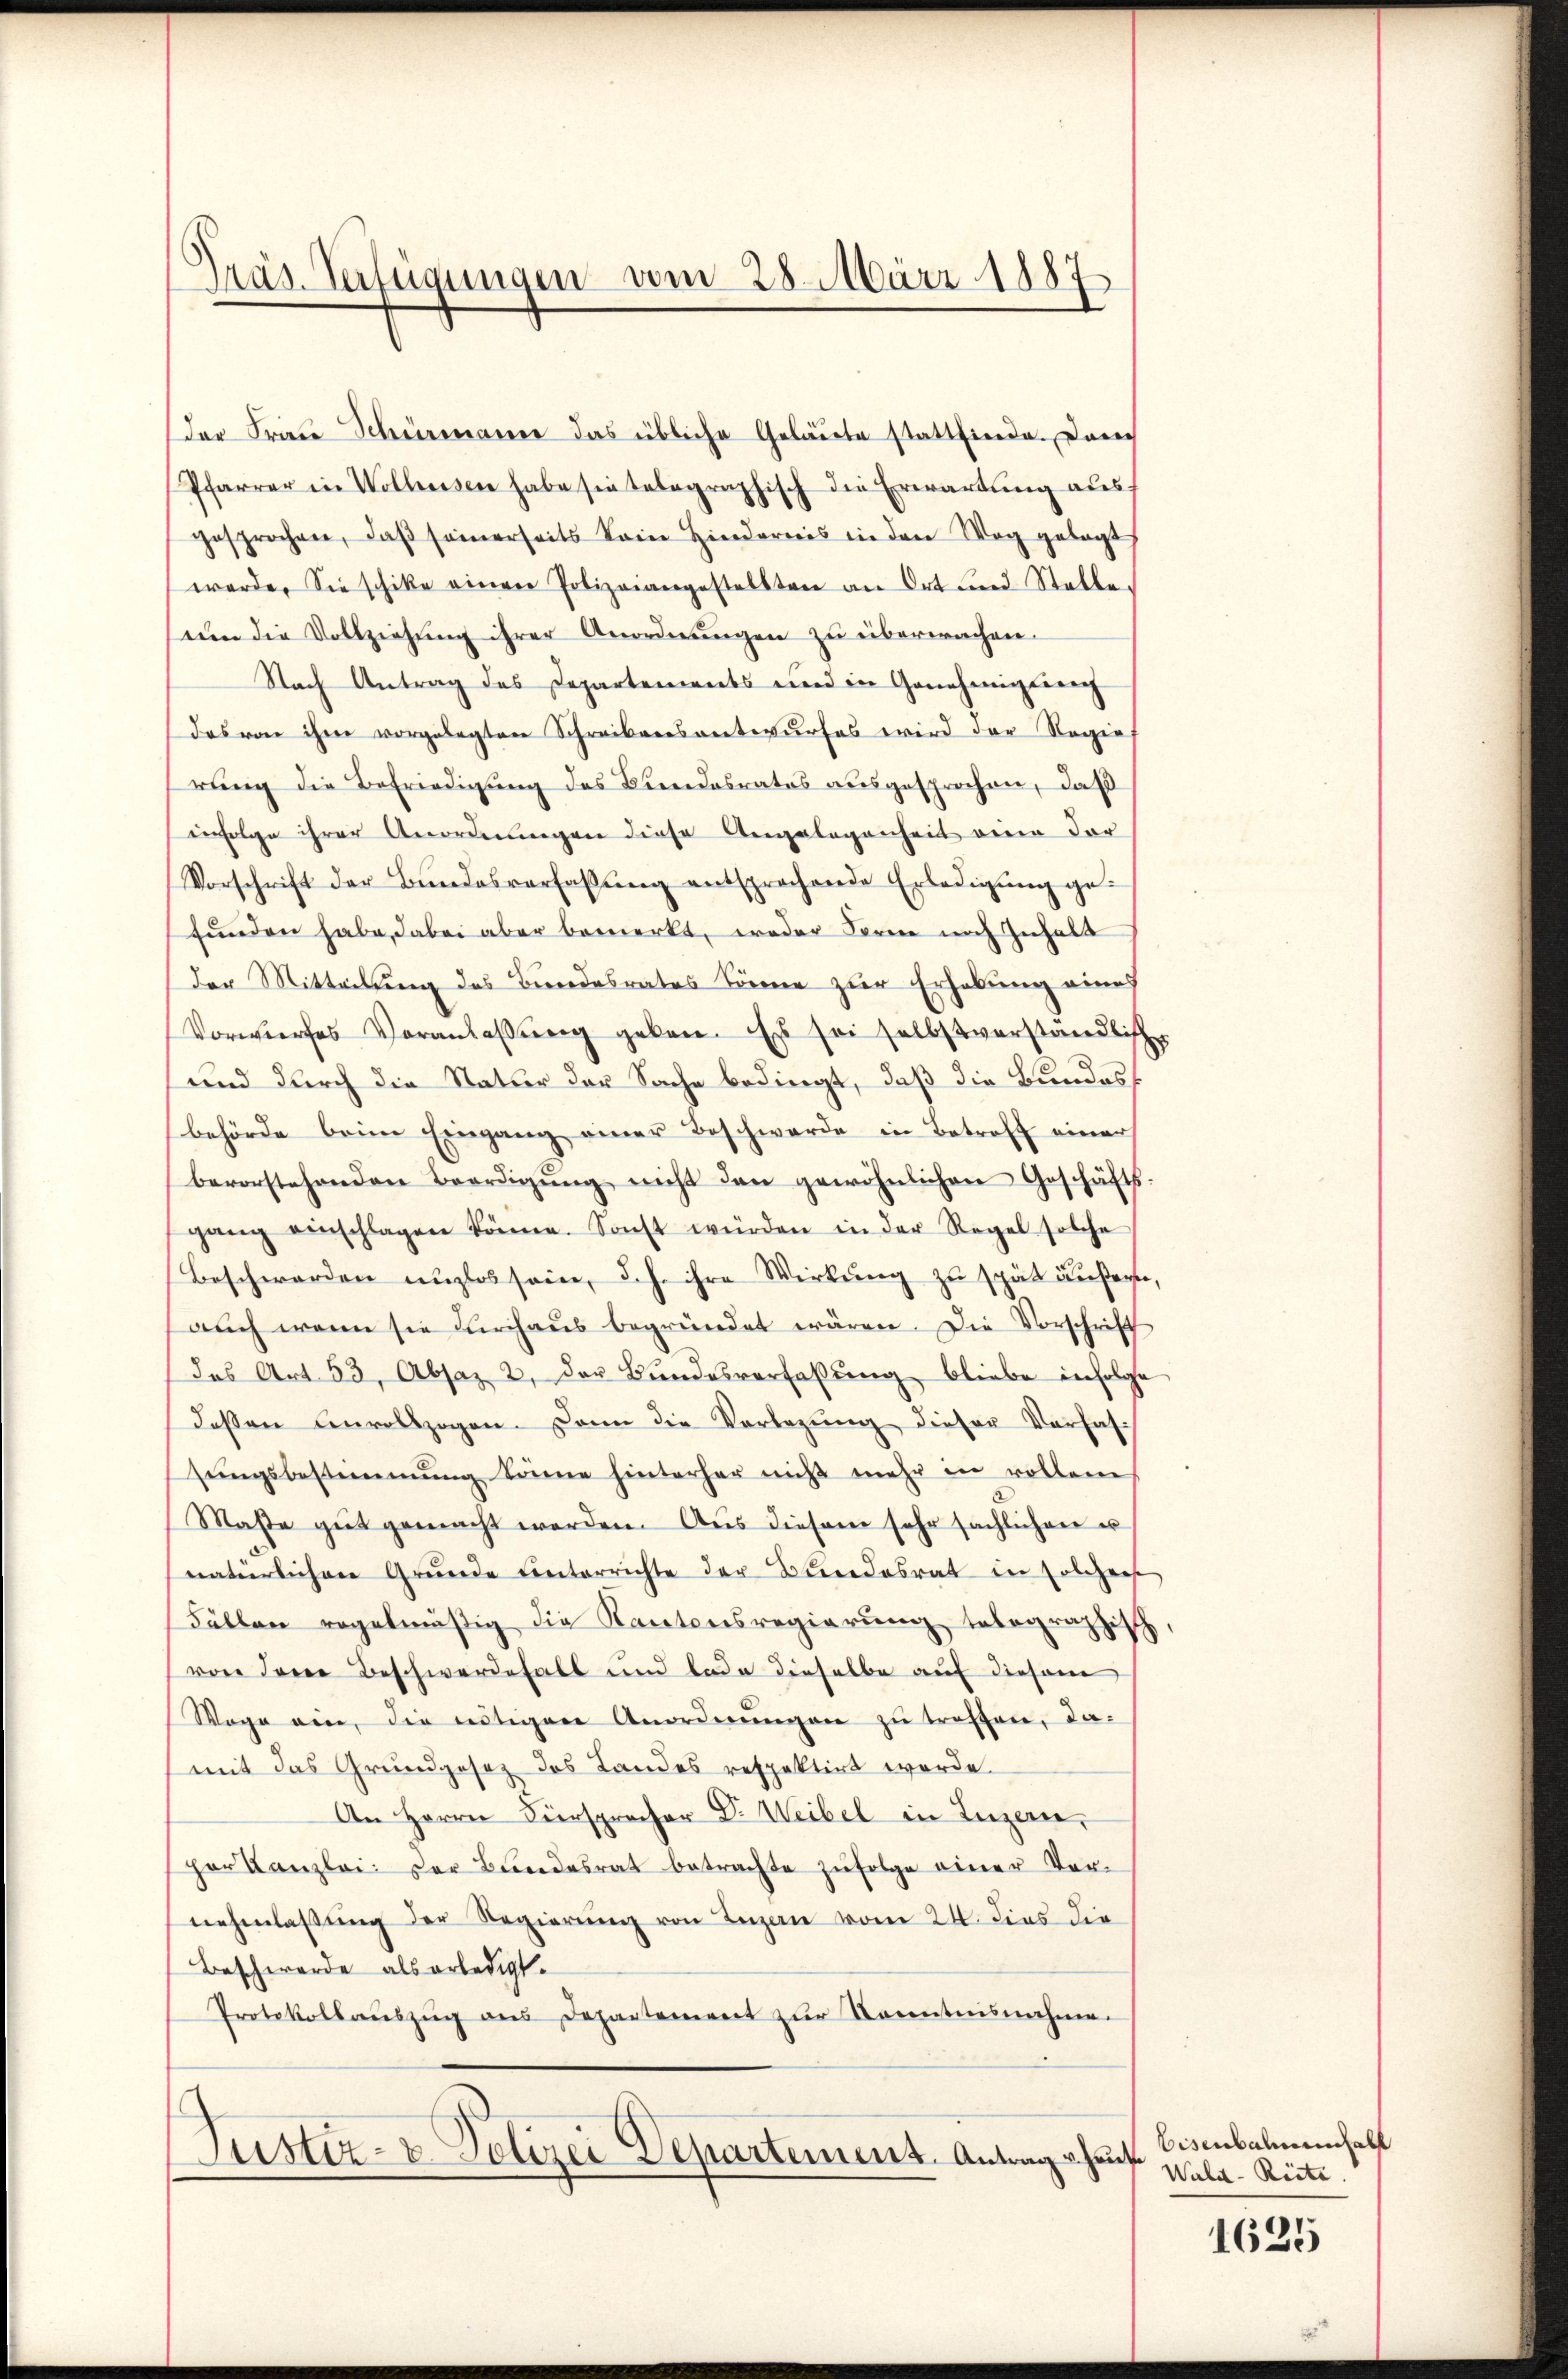
Pras. Verfügungen vom 28. März 1887

der Frau Schumanne das übliche Geläute stattfinde. Dar
Pfarrer in Wolkessen habe sie telegraphisch die Erwartung aus
gesprochen, daβ seinerseits kein Hindernis in den Weg gelegt
werde. Sie schike einen Polizeiangestellten an Ort und Stelle.
um die Vollziehung ihrer Anordnungen zu überwachen.
Nach Antrag des Departements und in Genehmiglich
das von ihm vorgelegten Schreibensantwurfes wird der Regie
rung die Befriedigung des Kindesrates ausgesprochen, daß
einfolge ihrer Anordnungen diese Angelegenheit eine dar
Vorschrift der Bŭndesverfassŭng entsprochende Erledigŭng ge-
funden habe, dabei aber bemerkt, weder Form noch Inhalt
der Mitteilung des Bundesrates könne zur Erhebung eines
Vorwurfes Veranlaβŭng geben. Es sei selbstverständliche
und durch die Natur der Sache bedingt, daß die Bundesbehörde beim Eingang einer Beschwerde in Betroff einer
bevorstehenden Beerdigŭng nicht den gewöhnlichen Geschäfts-
gang einschlagen könne. Sonst würden in der Regel solche
Beschwerden unglos sein, d.h. ihre Wirkung zu spät äußerte,
aŭch wenn sie durchaŭs begründet wären. Die Vorschrift
das Art. 53, Absaz 2, der Bŭndesverfassŭng bliebe infolge
deβen Anvollzogen. Dann die Vorlegŭng dieser Verfas-
sŭngsbestimmung könne hinterhar nicht mehr in vollen
Mase gŭt gemacht werden. Aŭs diesem sehr sachlichen u
natürlichen Grunde Unterrichte der Bundesrat in Polizeiste
Fällen regelmäßig die Kantonsregierung telegraphisch
von dere Beschwerdefall und lade dieselbe auf diesem
Woge ein, die nötigen Anordnŭngen zŭ treffen, da-
mit das Grundgesez des Landes respektirt werde.
An Herrn Fürsprocher Dr. Weibel in Luzern,
her Kanzlei. Der Bŭndesrat betrachte zŭfolge einer Ver-
nehmlassung der Regierung von Lugan vom 24. dies die
Beschwerde als erledigt.
Protokollaŭszŭg ans Departement zŭr Kenntnisnahme.
Justiz- & Polizei Departement. Antrags heute

Eisenbaumeinhalt
Wald - Riete.

1625